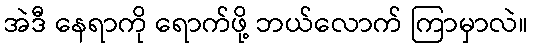
အဲဒီ နေရာကို ရောက်ဖို့ ဘယ်လောက် ကြာမှာလဲ။